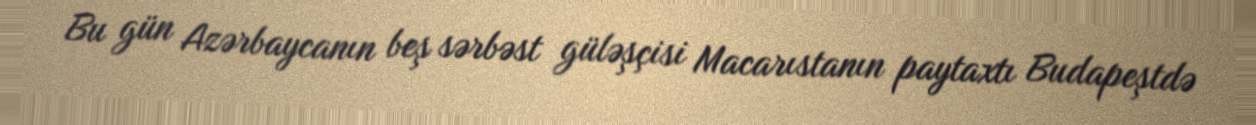
Bu gün Azərbaycanın beş sərbəst güləşçisi Macarıstanın paytaxtı Budapeştdə